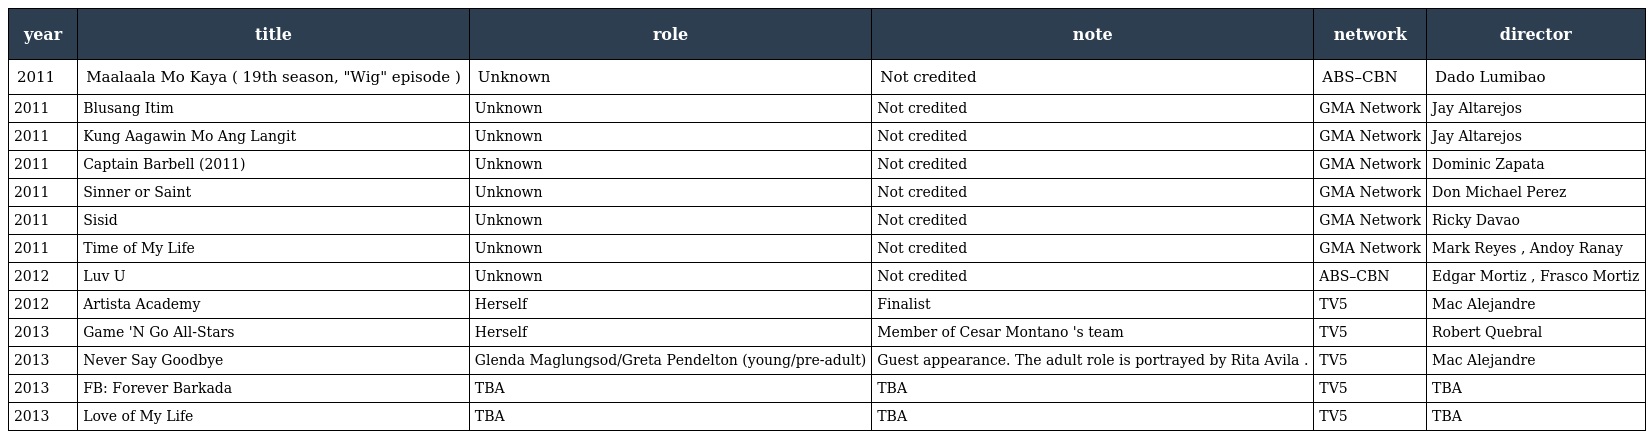
| year | title | role | note | network | director |
 | --- | --- | --- | --- | --- | --- |
 | 2011 | Maalaala Mo Kaya ( 19th season, "Wig" episode ) | Unknown | Not credited | ABS–CBN | Dado Lumibao |
 | 2011 | Blusang Itim | Unknown | Not credited | GMA Network | Jay Altarejos |
 | 2011 | Kung Aagawin Mo Ang Langit | Unknown | Not credited | GMA Network | Jay Altarejos |
 | 2011 | Captain Barbell (2011) | Unknown | Not credited | GMA Network | Dominic Zapata |
 | 2011 | Sinner or Saint | Unknown | Not credited | GMA Network | Don Michael Perez |
 | 2011 | Sisid | Unknown | Not credited | GMA Network | Ricky Davao |
 | 2011 | Time of My Life | Unknown | Not credited | GMA Network | Mark Reyes , Andoy Ranay |
 | 2012 | Luv U | Unknown | Not credited | ABS–CBN | Edgar Mortiz , Frasco Mortiz |
 | 2012 | Artista Academy | Herself | Finalist | TV5 | Mac Alejandre |
 | 2013 | Game 'N Go All-Stars | Herself | Member of Cesar Montano 's team | TV5 | Robert Quebral |
 | 2013 | Never Say Goodbye | Glenda Maglungsod/Greta Pendelton (young/pre-adult) | Guest appearance. The adult role is portrayed by Rita Avila . | TV5 | Mac Alejandre |
 | 2013 | FB: Forever Barkada | TBA | TBA | TV5 | TBA |
 | 2013 | Love of My Life | TBA | TBA | TV5 | TBA |